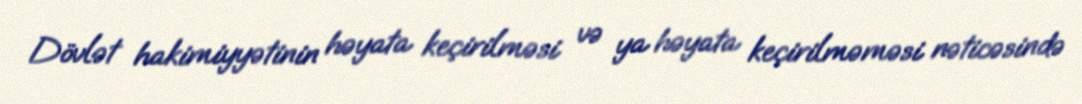
Dövlət hakimiyyətinin həyata keçirilməsi və ya həyata keçirilməməsi nəticəsində